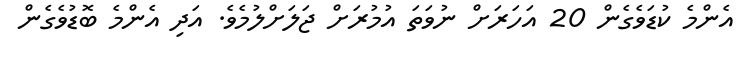
އެންމެ ކުޑަވެގެން 20 އަހަރަށް ނުވަތަ އުމުރަށް ޖަލަށްލުމެވެ. އަދި އެންމެ ބޮޑުވެގެން